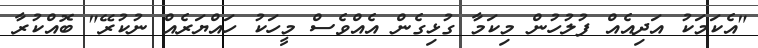
"އެކަމަކު އަދިއެއް ފުލުހުން މިކަމާ ގުޅިގެން އެއްވެސް މީހަކު ހައްޔަރެއް ނުކުރޭ" ބޮއްކުރާ